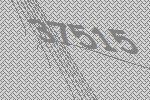
37515